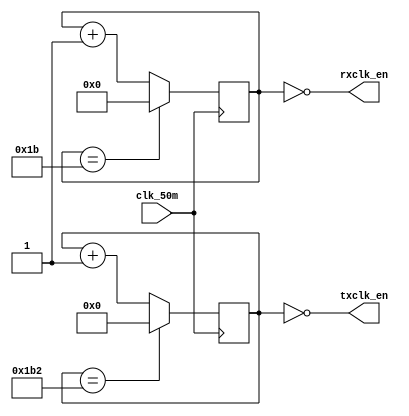
module baud_rate_gen(input wire clk_50m,
		     output wire rxclk_en,
		     output wire txclk_en);

parameter RX_ACC_MAX = 50000000 / (115200* 16);
parameter TX_ACC_MAX = 50000000 / 115200;
parameter RX_ACC_WIDTH = $clog2(RX_ACC_MAX);
parameter TX_ACC_WIDTH = $clog2(TX_ACC_MAX);
reg [RX_ACC_WIDTH - 1:0] rx_acc = 0;
reg [TX_ACC_WIDTH - 1:0] tx_acc = 0;

assign rxclk_en = (rx_acc == 5'd0);
assign txclk_en = (tx_acc == 9'd0);

always @(posedge clk_50m) begin
	if (rx_acc == RX_ACC_MAX[RX_ACC_WIDTH - 1:0])
		rx_acc <= 0;
	else
		rx_acc <= rx_acc + 5'b1;
end

always @(posedge clk_50m) begin
	if (tx_acc == TX_ACC_MAX[TX_ACC_WIDTH - 1:0])
		tx_acc <= 0;
	else
		tx_acc <= tx_acc + 9'b1;
end

endmodule